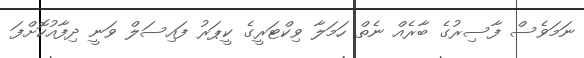
ނަމަވެސް ފާސިރުގެ ބާރެއް ނެތް ހަމަލާ ވިކްޓަރީގެ ކީޕަރު ފައިސަލް ވަނީ ދިފާއުކޮށްފަ